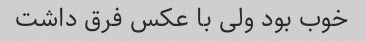
خوب بود ولی با عکس فرق داشت